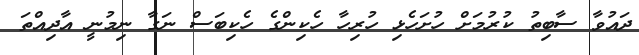
ދައުވާ ސާބިތު ކުރުމަށް ހުށަހެޅި ހުރިހާ ހެކިންގެ ހެކިބަސް ނަގާ ނިމުނީ އާދިއްތަ